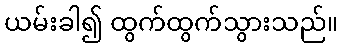
ယမ်းခါ၍ ထွက်ထွက်သွားသည်။